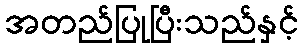
အတည်ပြုပြီးသည်နှင့်